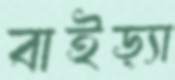
বাইড়্যা